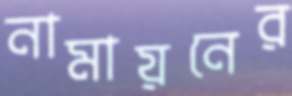
নামায়নের